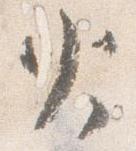
火